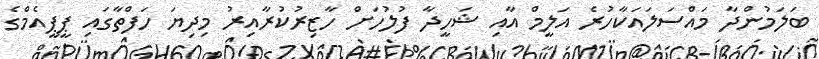
ބަލަމުންދާ މައްސަލައަކާހުރެ އަލީމް އާއި ޝަހީދާ ފުލުހަށް ހާޒިރުކުރާއިރު މިދިޔަ ހަފްތާގައި ޕީޕީއެމްގެ